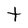
Character: t